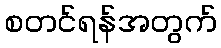
စတင်ရန်အတွက်